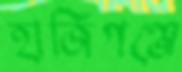
হাজিগঞ্জে